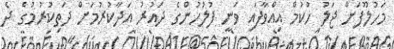
މަހުލޫފަށް ޖަލު ހުކުމް އިއްވާފައި ވަނީ ފުލުހުންގެ ދައުރު އަދާކުރުމަށް ދަތިކުރުމުގެ ދެ